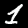
Label: 1